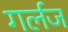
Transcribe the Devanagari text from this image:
गर्लज